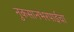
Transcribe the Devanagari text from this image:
नुकसानभरपाईचा